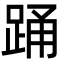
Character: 踊